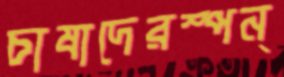
চাষাদেরস্পন্